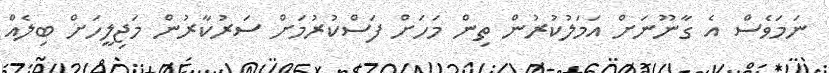
ނަމަވެސް އެ ގާނޫނަށް އަމަލުކުރުން ތިން މަހަށް ފަސްކުރުމަށް ސަރުކާރުން މަޖިލީހަށް ބިލެއް